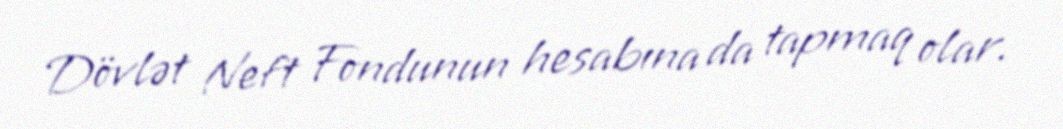
Dövlət Neft Fondunun hesabına da tapmaq olar.